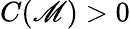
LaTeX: C(\mathscr{M})>0